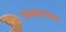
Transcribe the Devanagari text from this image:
ग्रंथपारायण